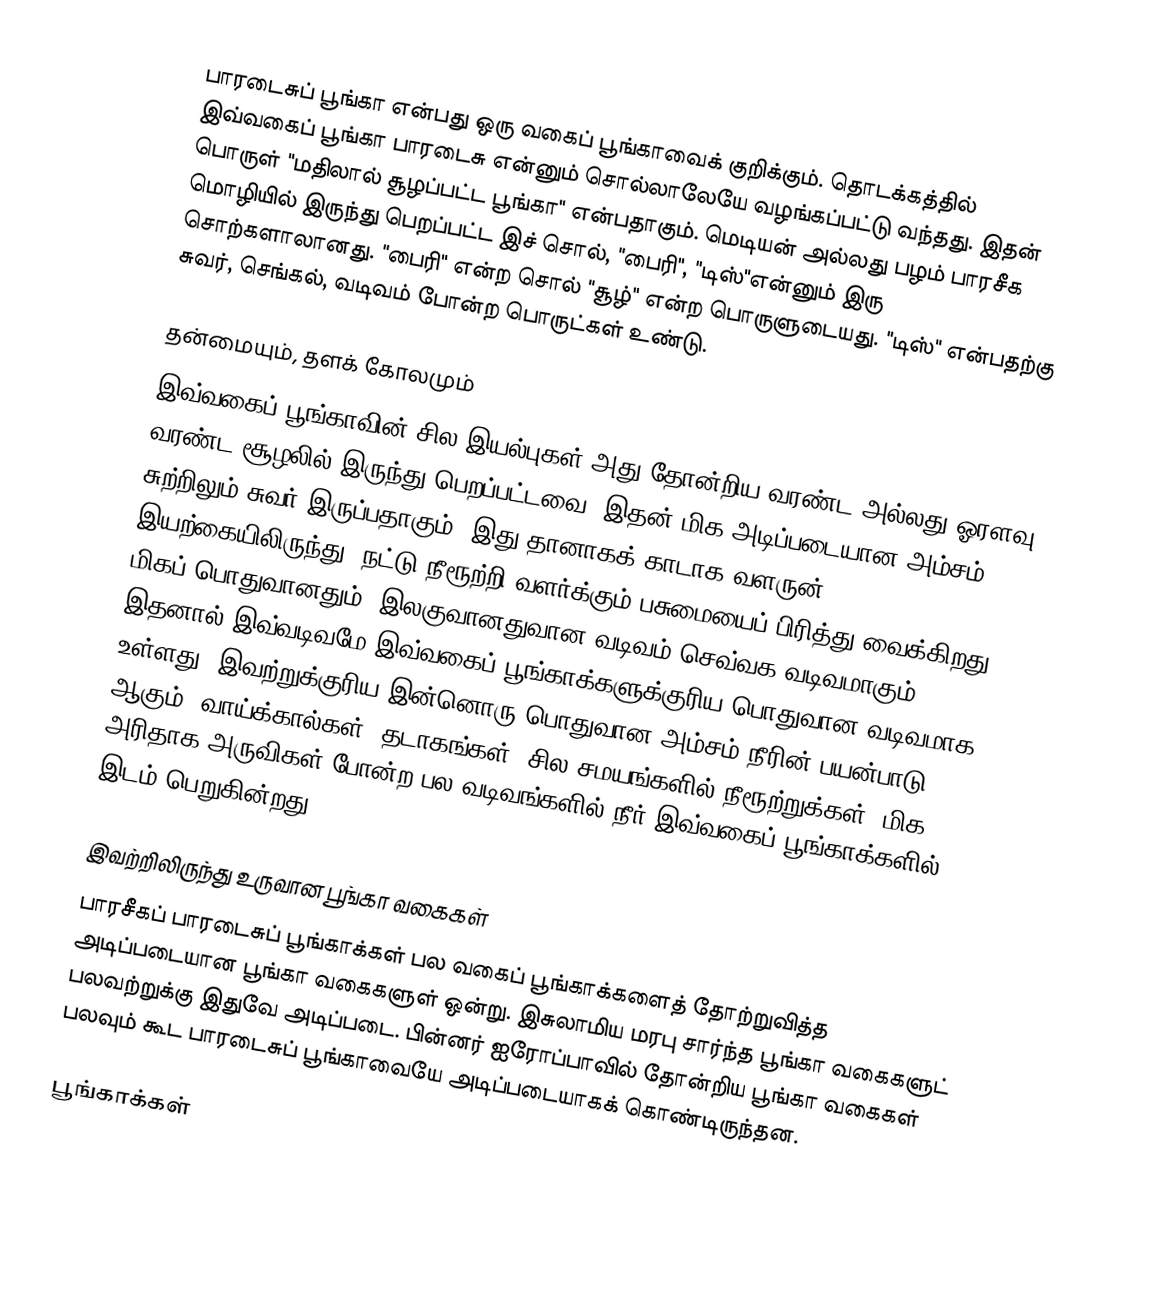
பாரடைசுப் பூங்கா என்பது ஒரு வகைப் பூங்காவைக் குறிக்கும். தொடக்கத்தில் இவ்வகைப் பூங்கா பாரடைசு என்னும் சொல்லாலேயே வழங்கப்பட்டு வந்தது. இதன் பொருள் "மதிலால் சூழப்பட்ட பூங்கா" என்பதாகும். மெடியன் அல்லது பழம் பாரசீக மொழியில் இருந்து பெறப்பட்ட இச் சொல், "பைரி", "டிஸ்"என்னும் இரு சொற்களாலானது. "பைரி" என்ற சொல் "சூழ்" என்ற பொருளுடையது. "டிஸ்" என்பதற்கு சுவர், செங்கல், வடிவம் போன்ற பொருட்கள் உண்டு.

தன்மையும், தளக் கோலமும்
இவ்வகைப் பூங்காவின் சில இயல்புகள் அது தோன்றிய வரண்ட அல்லது ஓரளவு வரண்ட சூழலில் இருந்து பெறப்பட்டவை. இதன் மிக அடிப்படையான அம்சம் சுற்றிலும் சுவர் இருப்பதாகும். இது தானாகக் காடாக வளருன் இயற்கையிலிருந்து, நட்டு நீரூற்றி வளர்க்கும் பசுமையைப் பிரித்து வைக்கிறது. மிகப் பொதுவானதும், இலகுவானதுவான வடிவம் செவ்வக வடிவமாகும். இதனால் இவ்வடிவமே இவ்வகைப் பூங்காக்களுக்குரிய பொதுவான வடிவமாக உள்ளது. இவற்றுக்குரிய இன்னொரு பொதுவான அம்சம் நீரின் பயன்பாடு ஆகும். வாய்க்கால்கள், தடாகங்கள், சில சமயங்களில் நீரூற்றுக்கள், மிக அரிதாக அருவிகள் போன்ற பல வடிவங்களில் நீர் இவ்வகைப் பூங்காக்களில் இடம் பெறுகின்றது.

இவற்றிலிருந்து உருவான பூங்கா வகைகள்
பாரசீகப் பாரடைசுப் பூங்காக்கள் பல வகைப் பூங்காக்களைத் தோற்றுவித்த அடிப்படையான பூங்கா வகைகளுள் ஒன்று. இசுலாமிய மரபு சார்ந்த பூங்கா வகைகளுட் பலவற்றுக்கு இதுவே அடிப்படை. பின்னர் ஐரோப்பாவில் தோன்றிய பூங்கா வகைகள் பலவும் கூட பாரடைசுப் பூங்காவையே அடிப்படையாகக் கொண்டிருந்தன.

பூங்காக்கள்